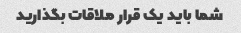
شما باید یک قرار ملاقات بگذارید